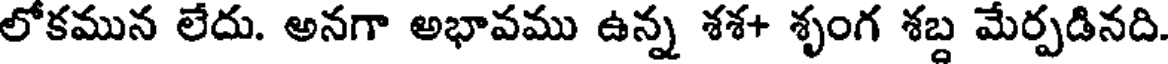
లోకమున లేదు. అనగా అభావము ఉన్న శశ+ శృంగ శబ్ద మేర్పడినది